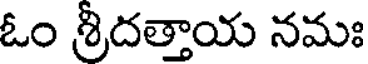
ఓం శ్రీదత్తాయ నమః